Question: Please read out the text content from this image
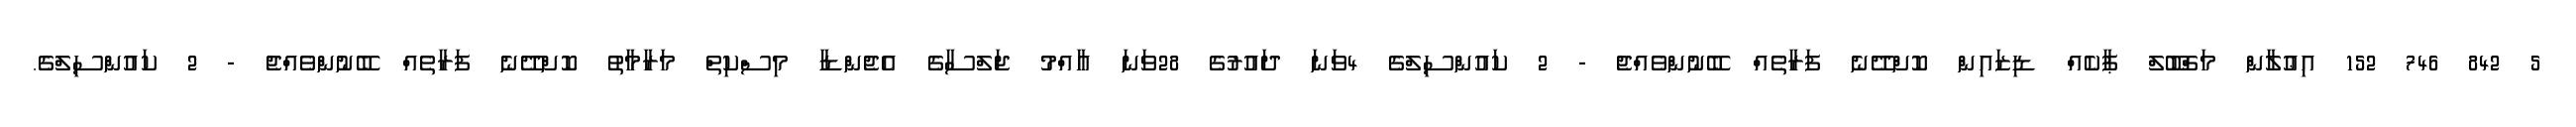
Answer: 5 842 746 152 އިޢުލާން މަޤްބޫލް ޕާކެއް ޑިޒައިން ކޮށްދޭނެ ފަރާތެއް ބޭނުންވެއްޖެ - 2 ކައުންސިލްގެ 4ވަނަ ދައުރުގެ 28ވަނަ އާއްމު ޖަލްސާގެ އެޖެންޑާ މިސްކިތް މަރާމާތު ކޮށްދޭނެ ފަރާތެއް ބޭނުންވެއްޖެ - 2 ކައުންސިލްގެ.